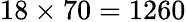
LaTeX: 18\times 70=1260